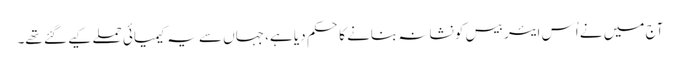
آج میں نے اُس ایئر بیس کو نشانہ بنانے کا حکم دیا ہے، جہاں سے یہ کیمیائی حملے کیے گئے تھے۔